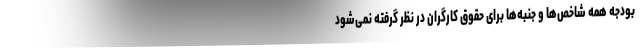
بودجه همه شاخص‌ها و جنبه‌ها برای حقوق کارگران در نظر گرفته نمی‌شود